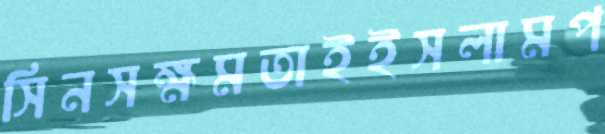
সিনসক্ষমতাইইসলামপ